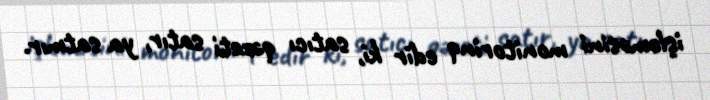
işləməsini monitorinq edir ki, satıcı qəzeti satır, ya satmır.